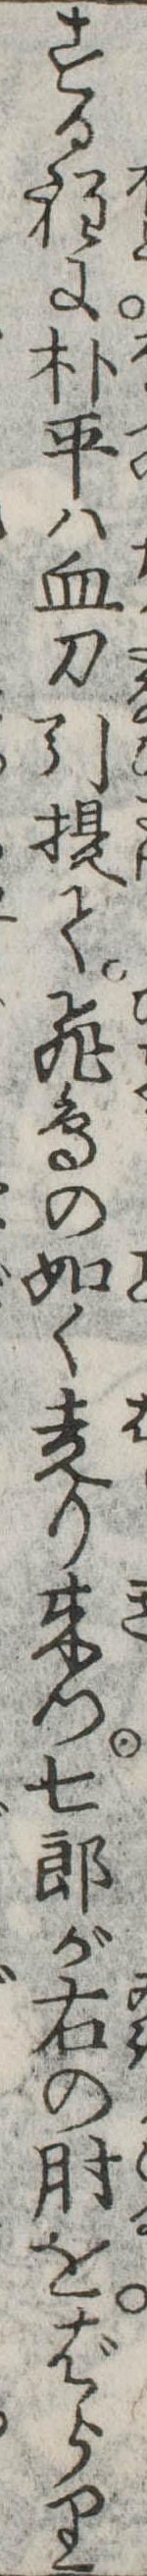
する程に朴平は血刀引提て飛鳥の如く走り来つ七郎が右の肘をばらり